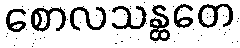
စောလသန္ထတေ